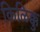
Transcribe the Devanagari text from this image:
किळिक्कु